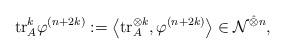
LaTeX: \begin{align*}{\rm{tr}}_{A}^k\varphi^{(n+2k)}:=\left\langle {\rm{tr}}_{A}^{\otimes k},\varphi^{(n+2k)}\right\rangle\in {\mathcal N}^{\hat{\otimes} n},\end{align*}